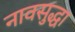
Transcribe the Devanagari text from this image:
नावसुद्धा